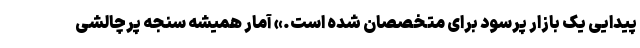
پیدایی یک بازار پرسود برای متخصصان شده است.» آمار همیشه سنجه پرچالشی